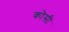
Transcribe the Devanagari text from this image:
काेसी